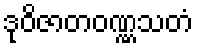
ဒုဝိဇာတဝဏ္ဏသတံ